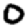
Digit: 0